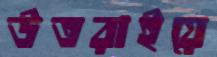
উতরাইয়ে